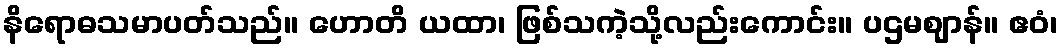
နိရောဓသမာပတ်သည်။ ဟောတိ ယထာ၊ ဖြစ်သကဲ့သို့လည်းကောင်း။ ပဌမဈာန်။ ဧဝံ၊